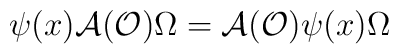
\psi (x)\mathcal{A}(\mathcal{O})\Omega =\mathcal{A}(\mathcal{O})\psi(x)\Omega